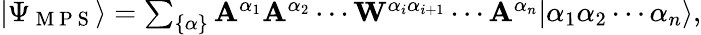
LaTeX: \begin{array}{r}{|\Psi_{\mathrm{~M~P~S~}}\rangle=\sum_{\{ \alpha\} }\mathbf{A}^{\alpha_{1}}\mathbf{A}^{\alpha_{2}}\cdots\mathbf{W}^{\alpha_{i}\alpha_{i+1}}\cdots\mathbf{A}^{\alpha_{n}}|\alpha_{1}\alpha_{2}\cdots\alpha_{n}\rangle,}\end{array}